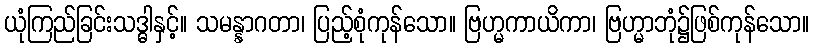
ယုံကြည်ခြင်းသဒ္ဓါနှင့်။ သမန္နာဂတာ၊ ပြည့်စုံကုန်သော။ ဗြဟ္မကာယိကာ၊ ဗြဟ္မာဘုံ၌ဖြစ်ကုန်သော။